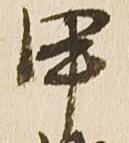
甲